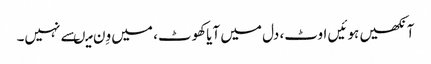
آنکھیں ہوئیں اوٹ، دل میں آیاکھوٹ، میں وِن میںسے نہیں۔